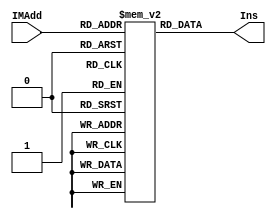
module instructionmemory(IMAdd,Ins);
	input[6:0] IMAdd; //128PC
	output[31:0] Ins;
	
	reg[31:0] ins;
	reg[31:0] ins_mem[127:0];
	
	always@(IMAdd)
	begin
		ins = ins_mem[IMAdd];
	end
	assign Ins = ins;
endmodule